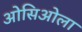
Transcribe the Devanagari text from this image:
ओसिओला